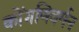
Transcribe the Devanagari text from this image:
कोंगणिवर्मन